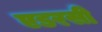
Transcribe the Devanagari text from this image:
एडरसी